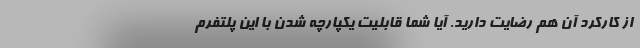
از کارکرد آن هم رضایت دارید. آیا شما قابلیت یکپارچه شدن با این پلتفرم